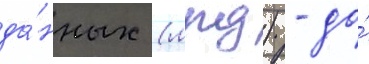
да́нных (лпд) - до́